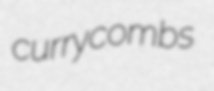
currycombs